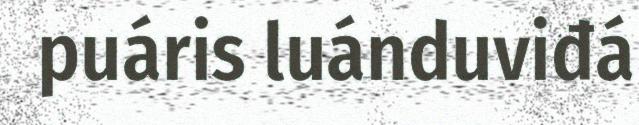
puáris luánduviđá